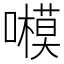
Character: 𡃗